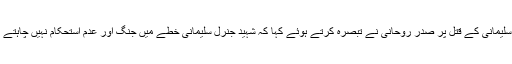
امریکی صدر ڈونلڈ ٹرمپ کے حکم پرعراق میں ایک حکومتی دہشتگردی میں جنرل قاسم سلیمانی کے قتل پر صدر روحانی نے تبصرہ کرتے ہوئے کہا کہ شہید جنرل سلیمانی خطے میں جنگ اور عدم استحکام نہیں چاہتے تھے، امریکہ اور ناجائز صہیونی ریاست جھوٹ بولتے ہیں کہ وہ جنگ کے خواہاں تھے۔